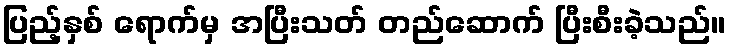
ပြည့်နှစ် ရောက်မှ အပြီးသတ် တည်ဆောက် ပြီးစီးခဲ့သည်။